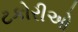
ટકોરીઓ